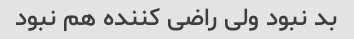
بد نبود ولی راضی کننده هم نبود